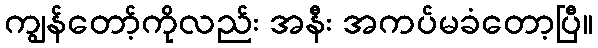
ကျွန်တော့်ကိုလည်း အနီး အကပ်မခံတော့ပြီ။